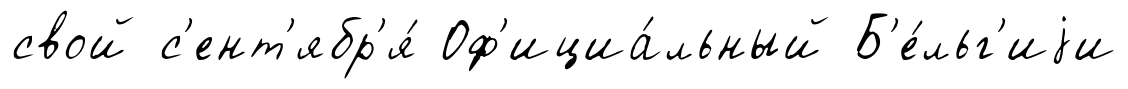
свой с'ент'ябр'я́ Оф'ициа́льный Б'е́льг'иjи